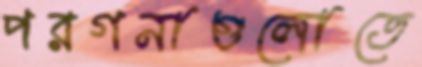
পরগনাগুলোতে